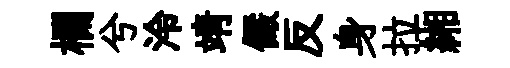
欄兮泠靖儼反身拉緗